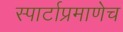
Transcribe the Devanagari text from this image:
स्पार्टाप्रमाणेच